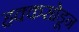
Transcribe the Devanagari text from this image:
हक्कसोडून